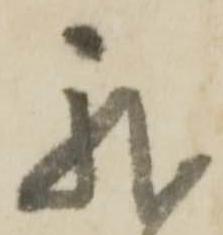
我